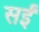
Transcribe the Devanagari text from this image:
सईं